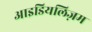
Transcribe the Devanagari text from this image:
आइडियलिज़म